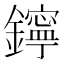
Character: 鑏